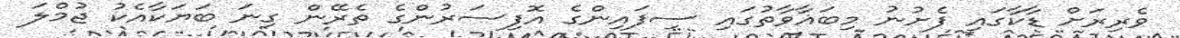
ވެރިރަށް ޑާކާގައި ފެށުނު މިބަޣާވާތުގައި ސިފައިންގެ އޮފިސަރުންގެ ތެރޭން ގިނަ ބަޔަކާއެކު ޖުމްލަ